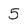
Character: 5